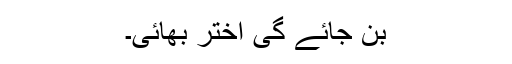
بن جائے گی اختر بھائی۔